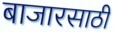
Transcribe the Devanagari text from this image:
बाजारसाठी